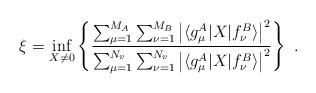
LaTeX: \begin{align*}\xi = \inf_{X\neq 0}\left\{ \dfrac{\sum_{\mu=1}^{M_A} \sum_{\nu=1}^{M_B} \left\vert \langle g_\mu^A \vert X \vert f_\nu^B \rangle \right\vert^2}{\sum_{\mu=1}^{N_v} \sum_{\nu=1}^{N_v} \left\vert \langle g_\mu^A \vert X \vert f_\nu^B \rangle \right\vert^2} \right\} \ .\end{align*}